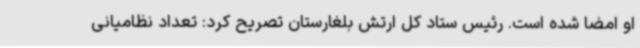
او امضا شده است. رئیس ستاد کل ارتش بلغارستان تصریح کرد: تعداد نظامیانی